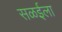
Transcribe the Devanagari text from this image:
सळईला